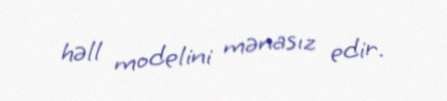
həll modelini mənasız edir.